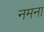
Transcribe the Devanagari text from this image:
नमना